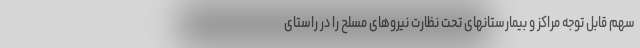
سهم قابل توجه مراکز و بیمارستانهای تحت نظارت نیروهای مسلح را در راستای